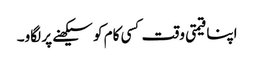
اپنا قیمتی وقت کسی کام کو سیکھنے پر لگاو۔